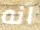
انه